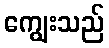
ကျွေးသည်